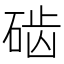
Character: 𱴐